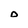
Character: D